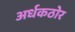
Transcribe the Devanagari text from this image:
अर्धकठोर